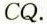
CQ.